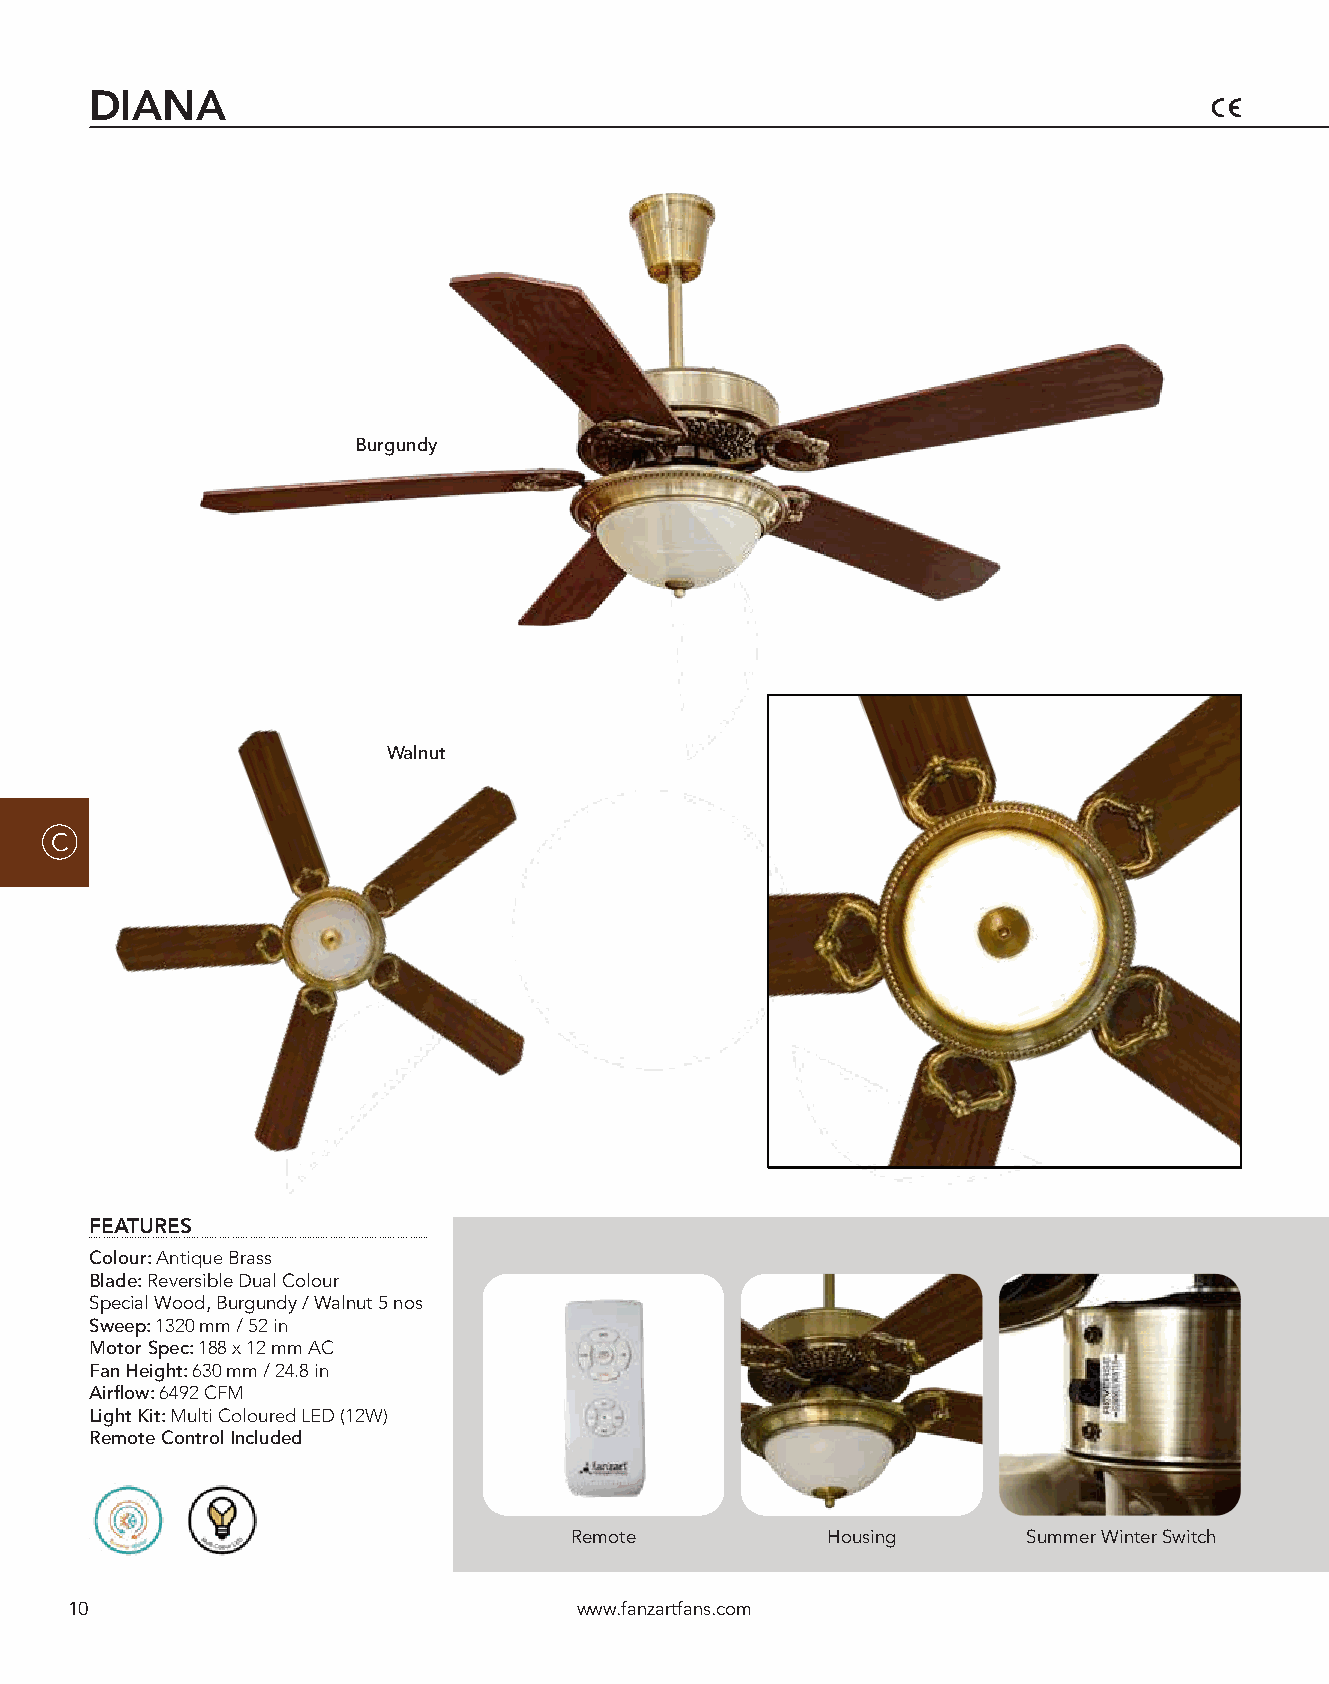
DIANA
 Burgundy
 Walnut
 C
 FEATURES
 Colour: Antique Brass
 Blade: Reversible Dual Colour
 Special Wood, Burgundy / Walnut 5 nos
 Sweep: 1320 mm / 52 in
 Motor Spec: 188 x 12 mm AC
 Fan Height: 630 mm / 24.8 in
 Airflow: 6492 CFM
 Light Kit: Multi Coloured LED (12W)
 Remote Control Included
 Remote           Housing      Summer Winter Switch
 10                                www.fanzartfans.com